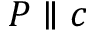
P \parallel { } c